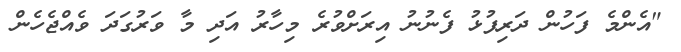
"އެންމެ ފަހުން ދަރިފުޅު ފެނުނު އިރަށްވުރެ މިހާރު އަދި މާ ވަރުގަދަ ވެއްޖެހެން